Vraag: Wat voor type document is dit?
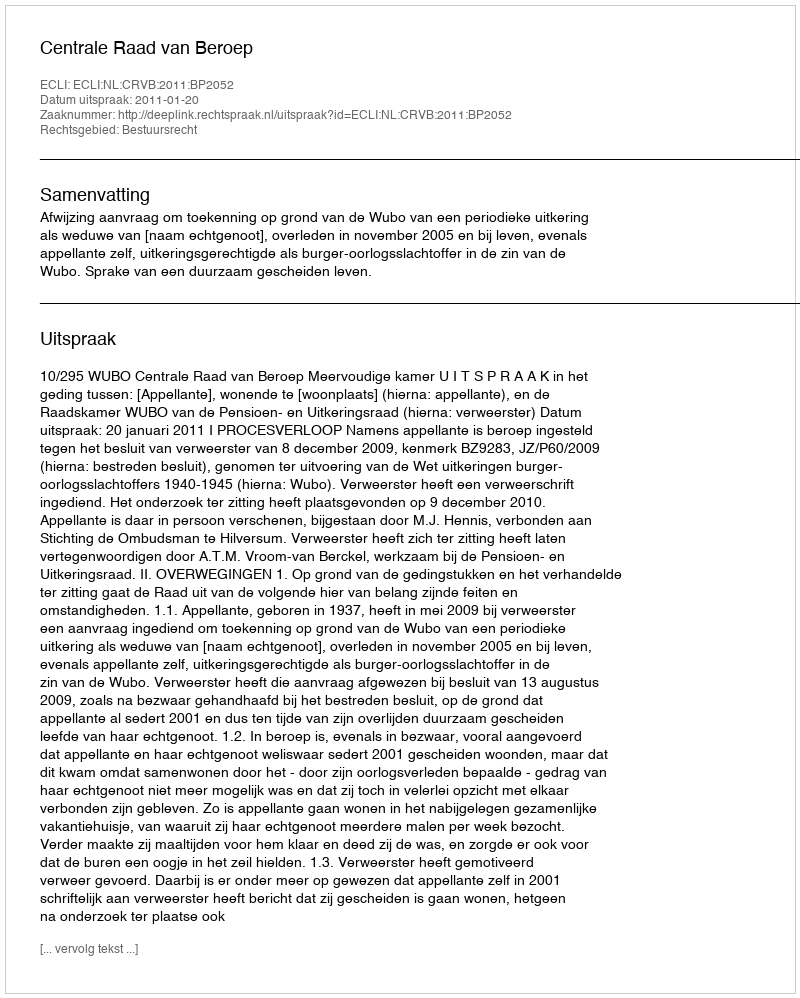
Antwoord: Uitspraak